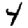
Digit: 4